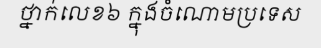
ថ្នាក់លេខ៦ ក្នុងចំណោមប្រទេស